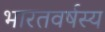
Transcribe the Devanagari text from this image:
भारतवर्षस्य